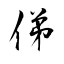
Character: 俤